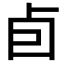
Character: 卣